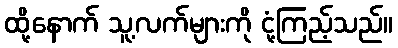
ထို့နောက် သူ့လက်များကို ငုံ့ကြည့်သည်။